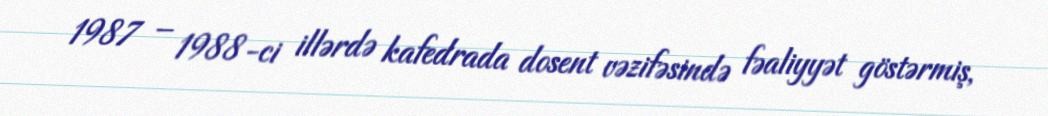
1987 – 1988-ci illərdə kafedrada dosent vəzifəsində fəaliyyət göstərmiş,